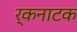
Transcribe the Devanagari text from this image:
र्कनाटक